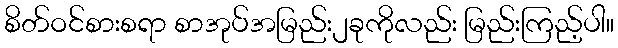
စိတ်ဝင်စားစရာ စာအုပ်အမြည်း၂ခုကိုလည်း မြည်းကြည့်ပါ။